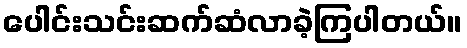
ပေါင်းသင်းဆက်ဆံလာခဲ့ကြပါတယ်။